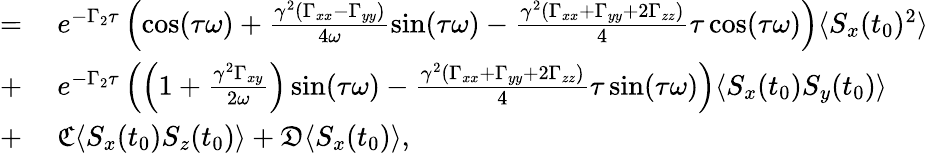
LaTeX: \begin{array}{rl}{=}&{{}\mathrm{~}e^{-\Gamma_{2}\tau}\left(\cos(\tau\omega)+\frac{\gamma^{2}(\Gamma_{xx}-\Gamma_{yy})}{4\omega}\sin(\tau\omega)-\frac{\gamma^{2}(\Gamma_{xx}+\Gamma_{yy}+2\Gamma_{zz})}{4}\tau\cos(\tau\omega)\right)\langle S_{x}(t_{0})^{2}\rangle}\\ {+}&{{}\mathrm{~}e^{-\Gamma_{2}\tau}\left(\left(1+\frac{\gamma^{2}\Gamma_{xy}}{2\omega}\right)\sin(\tau\omega)-\frac{\gamma^{2}(\Gamma_{xx}+\Gamma_{yy}+2\Gamma_{zz})}4\tau\sin(\tau\omega)\right)\langle S_{x}(t_{0})S_{y}(t_{0})\rangle}\\ {+}&{{}\mathrm{~}\mathfrak{C}\langle S_{x}(t_{0})S_{z}(t_{0})\rangle+\mathfrak{D}\langle S_{x}(t_{0})\rangle,}\end{array}